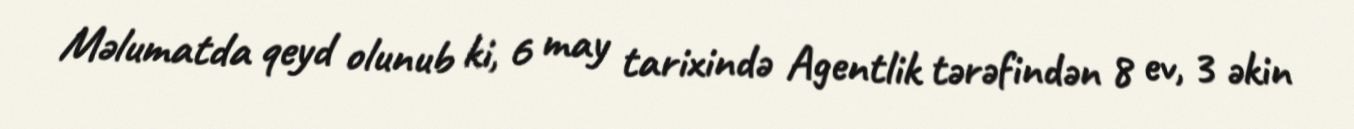
Məlumatda qeyd olunub ki, 6 may tarixində Agentlik tərəfindən 8 ev, 3 əkin